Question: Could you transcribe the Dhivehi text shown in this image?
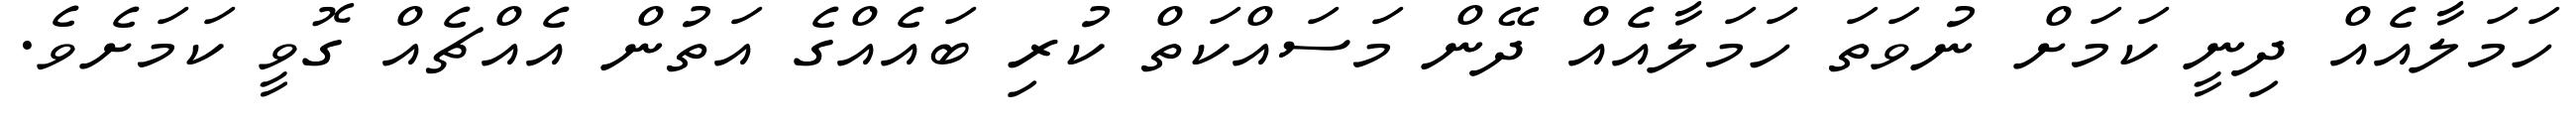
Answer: ހަމަލާއެއް ދިނީ ކަމަށް ނުވަތަ ހަމަލާއެއް ދޭން މަސައްކަތް ކުރި ބައެއްގެ އަތުން އެއްޗެއް ގޮވީ ކަމަށެވެ.